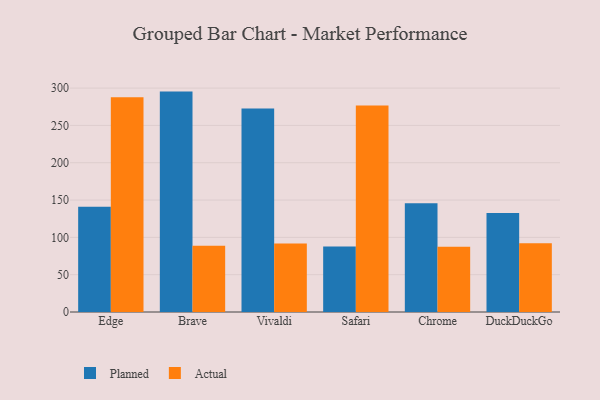
{"axis": {"x": "Browser", "y": "Shipments"}, "legend": ["Actual", "Planned"], "data": [{"x": "Edge", "y": 140.9, "type": "Planned"}, {"x": "Edge", "y": 287.8, "type": "Actual"}, {"x": "Brave", "y": 295.3, "type": "Planned"}, {"x": "Brave", "y": 88.9, "type": "Actual"}, {"x": "Vivaldi", "y": 272.5, "type": "Planned"}, {"x": "Vivaldi", "y": 91.9, "type": "Actual"}, {"x": "Safari", "y": 87.6, "type": "Planned"}, {"x": "Safari", "y": 276.7, "type": "Actual"}, {"x": "Chrome", "y": 145.8, "type": "Planned"}, {"x": "Chrome", "y": 87.5, "type": "Actual"}, {"x": "DuckDuckGo", "y": 132.5, "type": "Planned"}, {"x": "DuckDuckGo", "y": 92.1, "type": "Actual"}]}